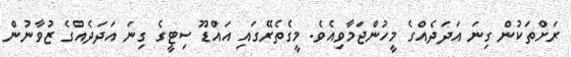
ރަށްތަކުން ގިނަ އަދަދެއްގެ މީހުންޖަމާވިއެވެ. މީގެތެރޭގައި އައްޑޫ ސިޓީގެ ގިނަ އަދަދެއްގެ ޒުވާނުން